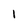
Character: 1